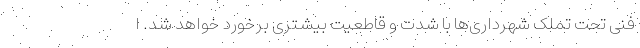
فنی تحت تملک شهرداری‌ها با شدت و قاطعیت بیشتری برخورد خواهد شد. ا